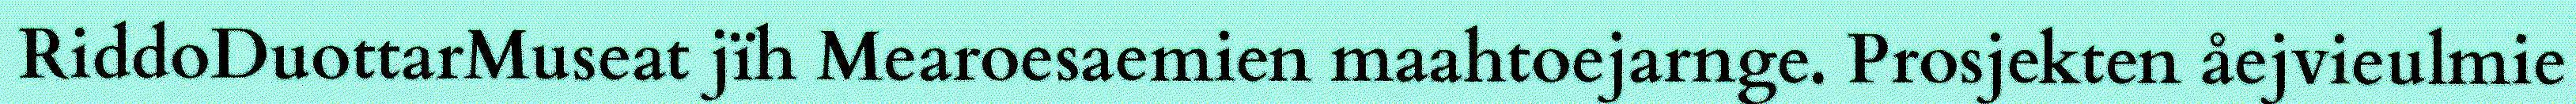
RiddoDuottarMuseat jïh Mearoesaemien maahtoejarnge. Prosjekten åejvieulmie